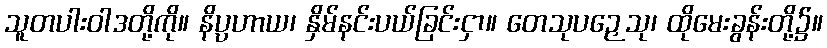
သူတပါးဝါဒတို့ကို။ နိပ္ပဟာယ၊ နှိမ်နင်းပယ်ခြင်းငှာ။ တေသုပဉှေသု၊ ထိုမေးခွန်းတို့၌။